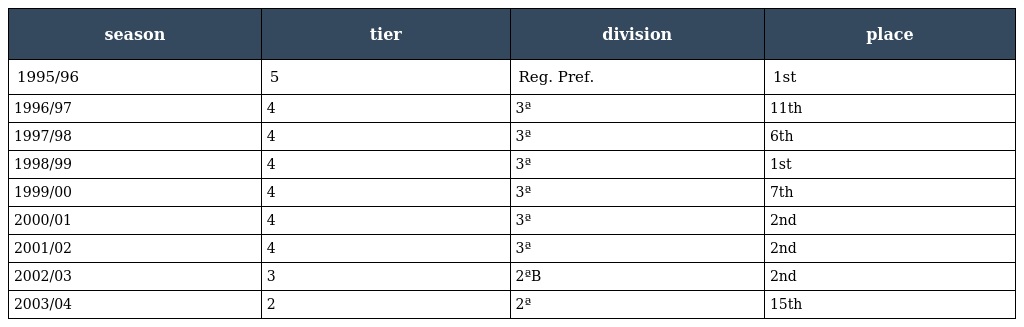
| season | tier | division | place |
 | --- | --- | --- | --- |
 | 1995/96 | 5 | Reg. Pref. | 1st |
 | 1996/97 | 4 | 3ª | 11th |
 | 1997/98 | 4 | 3ª | 6th |
 | 1998/99 | 4 | 3ª | 1st |
 | 1999/00 | 4 | 3ª | 7th |
 | 2000/01 | 4 | 3ª | 2nd |
 | 2001/02 | 4 | 3ª | 2nd |
 | 2002/03 | 3 | 2ªB | 2nd |
 | 2003/04 | 2 | 2ª | 15th |